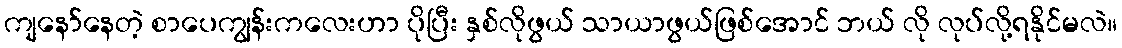
ကျနော်နေတဲ့ စာပေကျွန်းကလေးဟာ ပိုပြီး နှစ်လိုဖွယ် သာယာဖွယ်ဖြစ်အောင် ဘယ် လို လုပ်လို့ရနိုင်မလဲ။